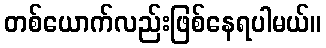
တစ်ယောက်လည်းဖြစ်နေရပါမယ်။